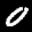
Digit: 0